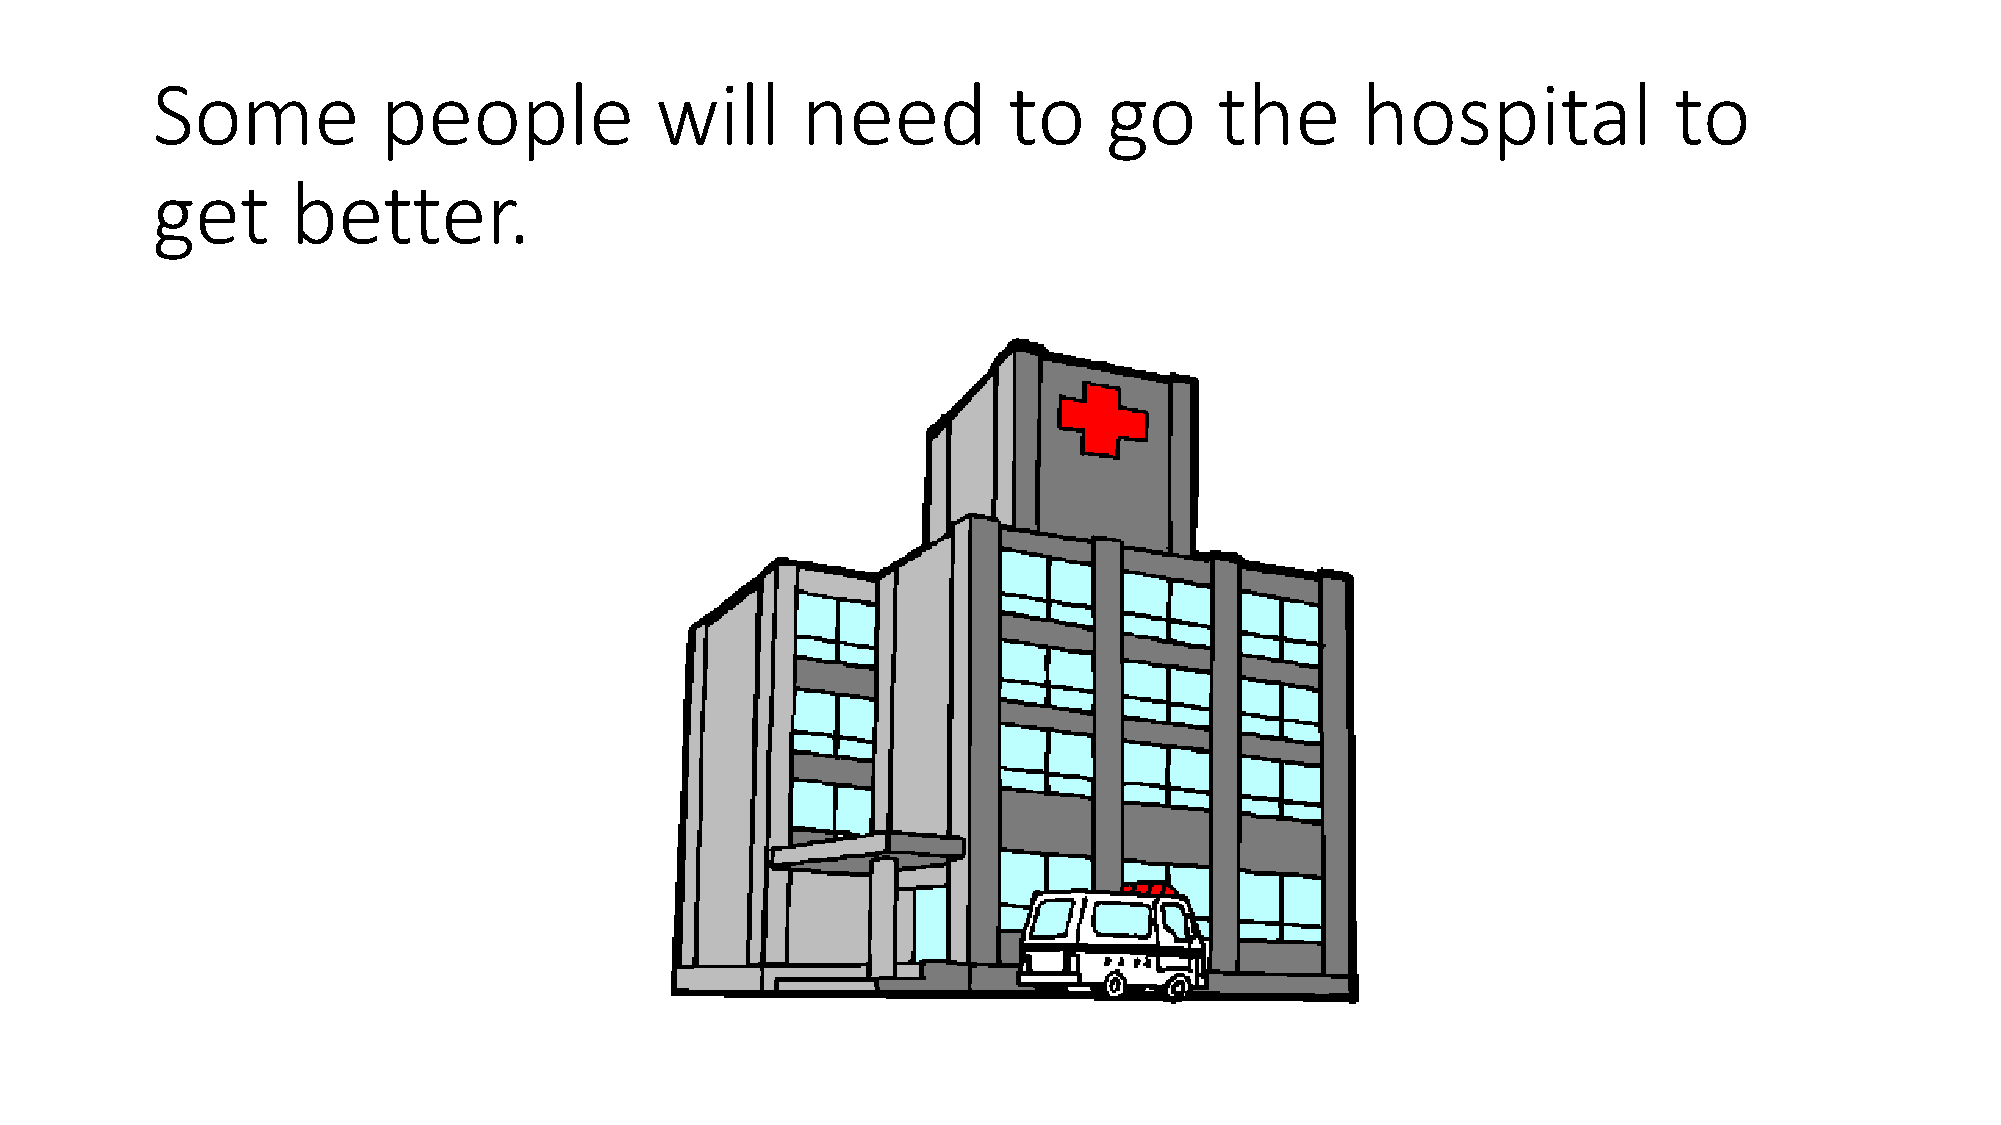
Some           people            will      need          to    go      the      hospital             to
 get      better.